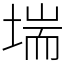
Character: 㙐